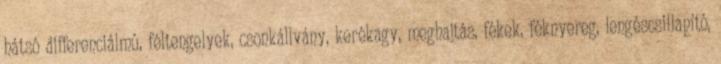
hátsó differenciálmû, féltengelyek, csonkállvány, kerékagy, meghajtás, fékek, féknyereg, lengéscsillapító,